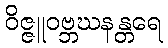
ဝိဇ္ဇူဝဗ္ဘဃနန္တရေ